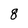
Character: 8